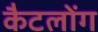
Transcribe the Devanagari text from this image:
कैटलोंग